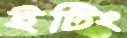
ইটিং